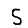
Digit: 5